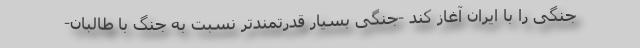
جنگی را با ایران آغاز کند -جنگی بسیار قدرتمندتر نسبت به جنگ با طالبان-